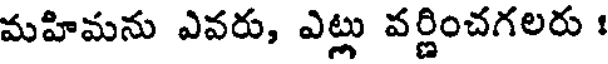
మహిమను ఎవరు, ఎట్లు వర్ణించగలరు :